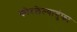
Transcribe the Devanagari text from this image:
कोरलेल्यागुंफा